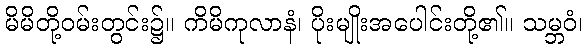
မိမိတို့ဝမ်းတွင်း၌။ ကိမိကုလာနံ၊ ပိုးမျိုးအပေါင်းတို့၏။ သမ္ဘဝံ၊